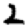
Digit: 2